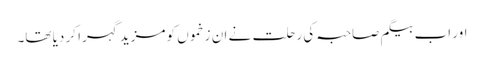
اور اب بیگم صاحبہ کی رحلت نے ان زخموں کو مزید گہرا کر دیا تھا۔